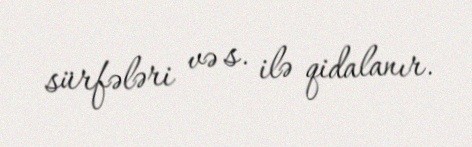
sürfələri və s. ilə qidalanır.